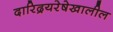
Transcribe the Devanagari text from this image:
दारिद्रयरेषेखालील